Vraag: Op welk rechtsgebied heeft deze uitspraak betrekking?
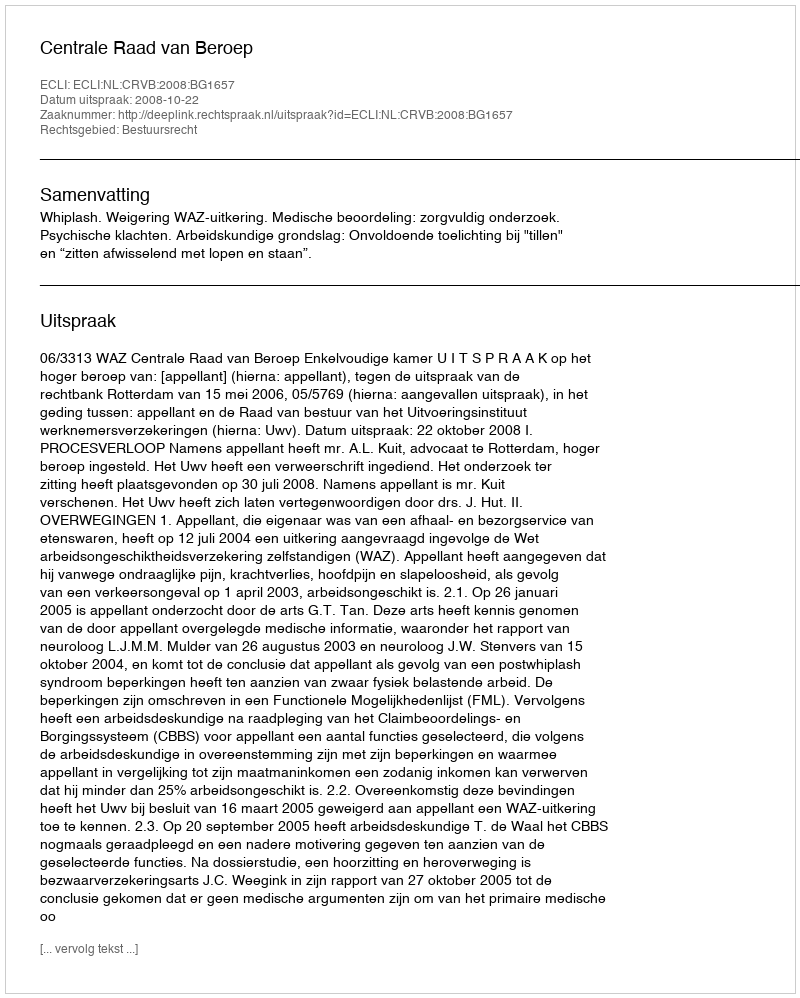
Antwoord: Bestuursrecht